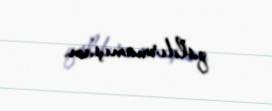
qaldırmamışam.